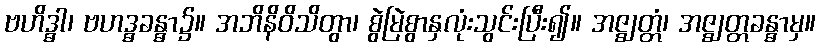
ဗဟိဒ္ဓါ၊ ဗဟဒ္ဓခန္ဓာ၌။ အဘိနိဝိသိတွာ၊ စွဲမြဲစွာနှလုံးသွင်းပြီး၍။ အဇ္ဈတ္တံ၊ အဇ္ဈတ္တခန္ဓာမှ။